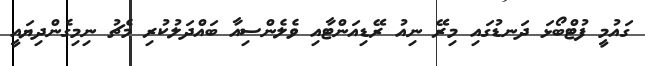
ގައުމީ ފުޓްބޯޅަ ދަނޑުގައި މިރޭ ނިއު ރޭޑިއަންޓާއި ވެލެންސިއާ ބައްދަލުކުރި މެޗު ނިމިގެންދިޔައީ